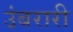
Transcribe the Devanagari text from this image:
उंबरारी